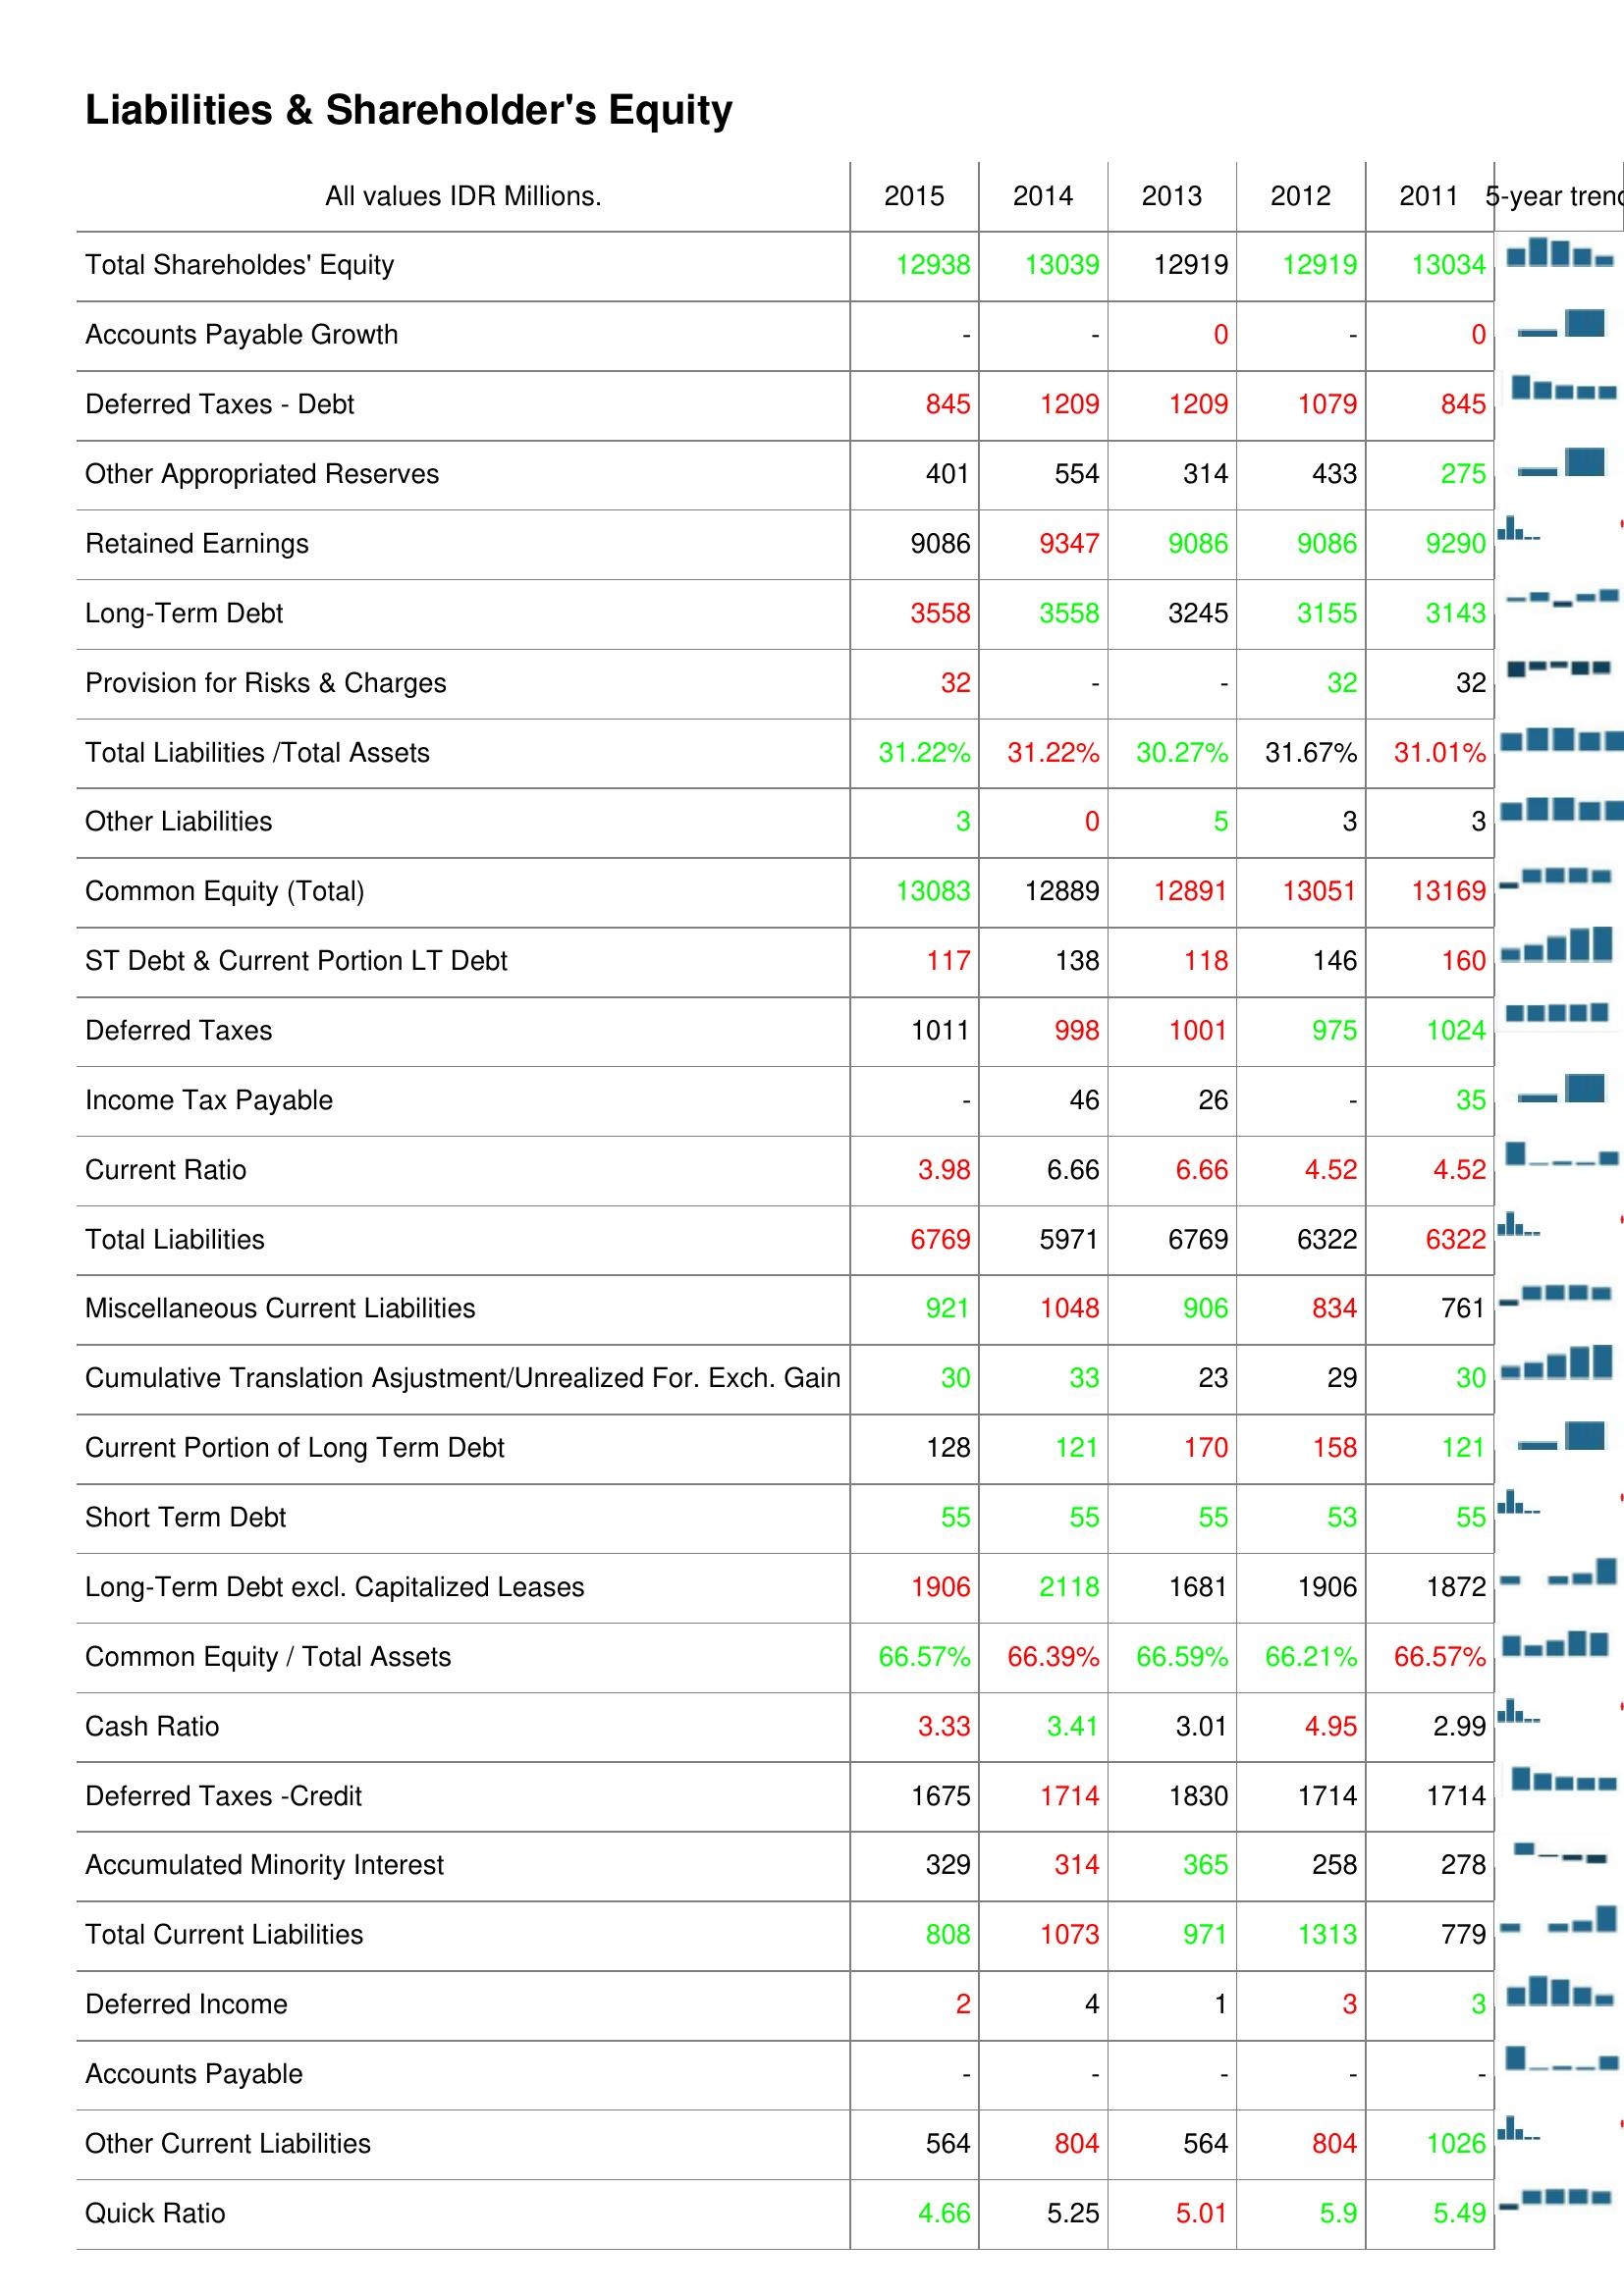
2015: Liabilities & Shareholder's Equity: Total Shareholdes' Equity: 12938
Accounts Payable Growth: -
Deferred Taxes - Debt: 845
Other Appropriated Reserves: 401
Retained Earnings: 9086
Long-Term Debt: 3558
Provision for Risks & Charges: 32
Total Liabilities /Total Assets: 31.22%
Other Liabilities: 3
Common Equity (Total): 13083
ST Debt & Current Portion LT Debt: 117
Deferred Taxes: 1011
Income Tax Payable: -
Current Ratio: 3.98
Total Liabilities: 6769
Miscellaneous Current Liabilities: 921
Cumulative Translation Asjustment/Unrealized For. Exch. Gain: 30
Current Portion of Long Term Debt: 128
Short Term Debt: 55
Long-Term Debt excl. Capitalized Leases: 1906
Common Equity / Total Assets: 66.57%
Cash Ratio: 3.33
Deferred Taxes -Credit: 1675
Accumulated Minority Interest: 329
Total Current Liabilities: 808
Deferred Income: 2
Accounts Payable: -
Other Current Liabilities: 564
Quick Ratio: 4.66
2014: Liabilities & Shareholder's Equity: Total Shareholdes' Equity: 13039
Accounts Payable Growth: -
Deferred Taxes - Debt: 1209
Other Appropriated Reserves: 554
Retained Earnings: 9347
Long-Term Debt: 3558
Provision for Risks & Charges: -
Total Liabilities /Total Assets: 31.22%
Other Liabilities: 0
Common Equity (Total): 12889
ST Debt & Current Portion LT Debt: 138
Deferred Taxes: 998
Income Tax Payable: 46
Current Ratio: 6.66
Total Liabilities: 5971
Miscellaneous Current Liabilities: 1048
Cumulative Translation Asjustment/Unrealized For. Exch. Gain: 33
Current Portion of Long Term Debt: 121
Short Term Debt: 55
Long-Term Debt excl. Capitalized Leases: 2118
Common Equity / Total Assets: 66.39%
Cash Ratio: 3.41
Deferred Taxes -Credit: 1714
Accumulated Minority Interest: 314
Total Current Liabilities: 1073
Deferred Income: 4
Accounts Payable: -
Other Current Liabilities: 804
Quick Ratio: 5.25
2013: Liabilities & Shareholder's Equity: Total Shareholdes' Equity: 12919
Accounts Payable Growth: 0
Deferred Taxes - Debt: 1209
Other Appropriated Reserves: 314
Retained Earnings: 9086
Long-Term Debt: 3245
Provision for Risks & Charges: -
Total Liabilities /Total Assets: 30.27%
Other Liabilities: 5
Common Equity (Total): 12891
ST Debt & Current Portion LT Debt: 118
Deferred Taxes: 1001
Income Tax Payable: 26
Current Ratio: 6.66
Total Liabilities: 6769
Miscellaneous Current Liabilities: 906
Cumulative Translation Asjustment/Unrealized For. Exch. Gain: 23
Current Portion of Long Term Debt: 170
Short Term Debt: 55
Long-Term Debt excl. Capitalized Leases: 1681
Common Equity / Total Assets: 66.59%
Cash Ratio: 3.01
Deferred Taxes -Credit: 1830
Accumulated Minority Interest: 365
Total Current Liabilities: 971
Deferred Income: 1
Accounts Payable: -
Other Current Liabilities: 564
Quick Ratio: 5.01
2012: Liabilities & Shareholder's Equity: Total Shareholdes' Equity: 12919
Accounts Payable Growth: -
Deferred Taxes - Debt: 1079
Other Appropriated Reserves: 433
Retained Earnings: 9086
Long-Term Debt: 3155
Provision for Risks & Charges: 32
Total Liabilities /Total Assets: 31.67%
Other Liabilities: 3
Common Equity (Total): 13051
ST Debt & Current Portion LT Debt: 146
Deferred Taxes: 975
Income Tax Payable: -
Current Ratio: 4.52
Total Liabilities: 6322
Miscellaneous Current Liabilities: 834
Cumulative Translation Asjustment/Unrealized For. Exch. Gain: 29
Current Portion of Long Term Debt: 158
Short Term Debt: 53
Long-Term Debt excl. Capitalized Leases: 1906
Common Equity / Total Assets: 66.21%
Cash Ratio: 4.95
Deferred Taxes -Credit: 1714
Accumulated Minority Interest: 258
Total Current Liabilities: 1313
Deferred Income: 3
Accounts Payable: -
Other Current Liabilities: 804
Quick Ratio: 5.9
2011: Liabilities & Shareholder's Equity: Total Shareholdes' Equity: 13034
Accounts Payable Growth: 0
Deferred Taxes - Debt: 845
Other Appropriated Reserves: 275
Retained Earnings: 9290
Long-Term Debt: 3143
Provision for Risks & Charges: 32
Total Liabilities /Total Assets: 31.01%
Other Liabilities: 3
Common Equity (Total): 13169
ST Debt & Current Portion LT Debt: 160
Deferred Taxes: 1024
Income Tax Payable: 35
Current Ratio: 4.52
Total Liabilities: 6322
Miscellaneous Current Liabilities: 761
Cumulative Translation Asjustment/Unrealized For. Exch. Gain: 30
Current Portion of Long Term Debt: 121
Short Term Debt: 55
Long-Term Debt excl. Capitalized Leases: 1872
Common Equity / Total Assets: 66.57%
Cash Ratio: 2.99
Deferred Taxes -Credit: 1714
Accumulated Minority Interest: 278
Total Current Liabilities: 779
Deferred Income: 3
Accounts Payable: -
Other Current Liabilities: 1026
Quick Ratio: 5.49